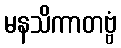
မနသိကာတဗ္ဗံ